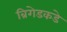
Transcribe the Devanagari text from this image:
ब्रिगेडकडे